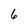
Character: 6